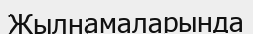
Жылнамаларында